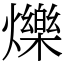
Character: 爍